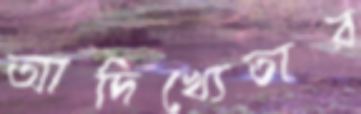
আদিখ্যেতার